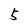
Character: 5